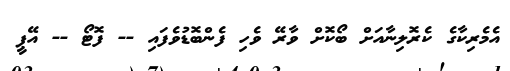
އެމެރިކާގެ ކެރޮލިނާއަށް ބޯކޮށް ވާރޭ ވެހި ފެންބޮޑުވެފައި -- ފޮޓޯ -- އޭޕީ